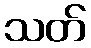
သတ်